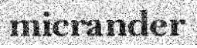
micrander